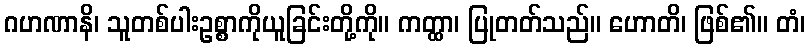
ဂဟဏာနိ၊ သူတစ်ပါးဥစ္စာကိုယူခြင်းတို့ကို။ ကတ္ထာ၊ ပြုတတ်သည်။ ဟောတိ၊ ဖြစ်၏။ တံ၊